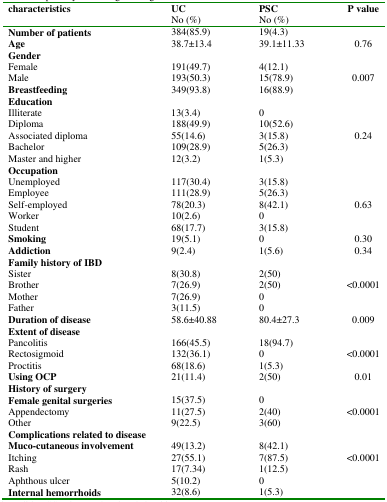
<table><thead><tr><td><b>characteristics</b></td><td><b>UCNo (%)</b></td><td><b>PSCNo (%)</b></td><td><b>P value</b></td></tr></thead><tbody><tr><td><b>Number of patients</b></td><td>384(85.9)</td><td>19(4.3)</td><td></td></tr><tr><td><b>Age</b></td><td>38.7±13.4</td><td>39.1±11.33</td><td>0.76</td></tr><tr><td><b>Gender</b></td><td></td><td></td><td></td></tr><tr><td>Female</td><td>191(49.7)</td><td>4(12.1)</td><td></td></tr><tr><td>Male</td><td>193(50.3)</td><td>15(78.9)</td><td>0.007</td></tr><tr><td><b>Breastfeeding</b></td><td>349(93.8)</td><td>16(88.9)</td><td></td></tr><tr><td><b>Education</b></td><td></td><td></td><td></td></tr><tr><td>Illiterate</td><td>13(3.4)</td><td>0</td><td></td></tr><tr><td>Diploma</td><td>188(49.9)</td><td>10(52.6)</td><td></td></tr><tr><td>Associated diploma</td><td>55(14.6)</td><td>3(15.8)</td><td>0.24</td></tr><tr><td>Bachelor</td><td>109(28.9)</td><td>5(26.3)</td><td></td></tr><tr><td>Master and higher</td><td>12(3.2)</td><td>1(5.3)</td><td></td></tr><tr><td><b>Occupation</b></td><td></td><td></td><td></td></tr><tr><td>Unemployed</td><td>117(30.4)</td><td>3(15.8)</td><td></td></tr><tr><td>Employee</td><td>111(28.9)</td><td>5(26.3)</td><td></td></tr><tr><td>Self-employed</td><td>78(20.3)</td><td>8(42.1)</td><td>0.63</td></tr><tr><td>Worker</td><td>10(2.6)</td><td>0</td><td></td></tr><tr><td>Student</td><td>68(17.7)</td><td>3(15.8)</td><td></td></tr><tr><td><b>Smoking</b></td><td>19(5.1)</td><td>0</td><td>0.30</td></tr><tr><td><b>Addiction</b></td><td>9(2.4)</td><td>1(5.6)</td><td>0.34</td></tr><tr><td><b>Family history of IBD</b></td><td></td><td></td><td></td></tr><tr><td>Sister</td><td>8(30.8)</td><td>2(50)</td><td></td></tr><tr><td>Brother</td><td>7(26.9)</td><td>2(50)</td><td>&lt;0.0001</td></tr><tr><td>Mother</td><td>7(26.9)</td><td>0</td><td></td></tr><tr><td>Father</td><td>3(11.5)</td><td>0</td><td></td></tr><tr><td><b>Duration of disease</b></td><td>58.6±40.88</td><td>80.4±27.3</td><td>0.009</td></tr><tr><td><b>Extent of disease</b></td><td></td><td></td><td></td></tr><tr><td>Pancolitis</td><td>166(45.5)</td><td>18(94.7)</td><td></td></tr><tr><td>Rectosigmoid</td><td>132(36.1)</td><td>0</td><td>&lt;0.0001</td></tr><tr><td>Proctitis</td><td>68(18.6)</td><td>1(5.3)</td><td></td></tr><tr><td><b>Using OCP</b></td><td>21(11.4)</td><td>2(50)</td><td>0.01</td></tr><tr><td><b>History of surgery</b></td><td></td><td></td><td></td></tr><tr><td><b>Female genital surgeries</b></td><td>15(37.5)</td><td>0</td><td></td></tr><tr><td>Appendectomy</td><td>11(27.5)</td><td>2(40)</td><td>&lt;0.0001</td></tr><tr><td>Other</td><td>9(22.5)</td><td>3(60)</td><td></td></tr><tr><td><b>Complications related to disease</b></td><td></td><td></td><td></td></tr><tr><td><b>Muco-cutaneous involvement</b></td><td>49(13.2)</td><td>8(42.1)</td><td></td></tr><tr><td>Itching</td><td>27(55.1)</td><td>7(87.5)</td><td>&lt;0.0001</td></tr><tr><td>Rash</td><td>17(7.34)</td><td>1(12.5)</td><td></td></tr><tr><td>Aphthous ulcer</td><td>5(10.2)</td><td>0</td><td></td></tr><tr><td><b>Internal hemorrhoids</b></td><td>32(8.6)</td><td>1(5.3)</td><td></td></tr></tbody></table>